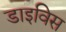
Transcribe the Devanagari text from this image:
डाइविस